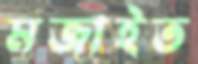
মজাইত